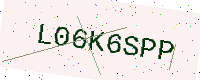
Text: L06K6SPP